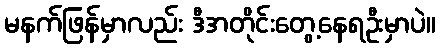
မနက်ဖြန်မှာလည်း ဒီအတိုင်းတွေ့နေရဦးမှာပဲ။